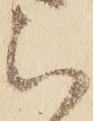
被